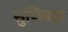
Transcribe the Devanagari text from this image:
सुणिबड़ा